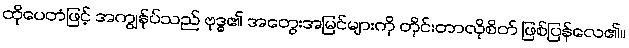
ထိုပေတံဖြင့် အကျွန်ုပ်သည် ဗုဒ္ဓ၏ အတွေးအမြင်များကို တိုင်းတာလိုစိတ် ဖြစ်ပြန်လေ၏။